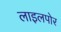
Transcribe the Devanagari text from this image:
लाइलपोर